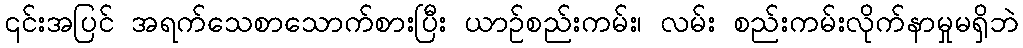
၎င်းအပြင် အရက်သေစာသောက်စားပြီး ယာဉ်စည်းကမ်း၊ လမ်း စည်းကမ်းလိုက်နာမှုမရှိဘဲ